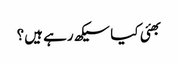
بھئی کیا سیکھ رہے ہیں؟